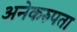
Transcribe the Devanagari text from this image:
अनेकरुपता